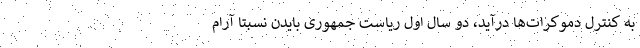
به کنترل دموکرات‌ها درآید، دو سال اول ریاست جمهوری بایدن نسبتا آرام